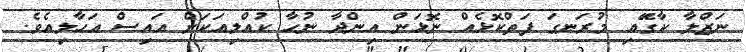
ނަޒްލާ ކާގޭައި މުރަނގަ ފަތްކޮޅެއް ނޮޅަން އިންދާ ނުހާ ކުއްލިއަކަށް އައިސް އަހާލިއެވެ.